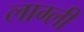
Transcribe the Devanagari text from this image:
लाग्ली